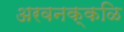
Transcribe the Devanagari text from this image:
अरवनक्कळि